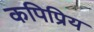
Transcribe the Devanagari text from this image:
कपिप्रिय